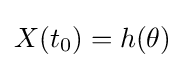
X(t_{0})=h(\theta )